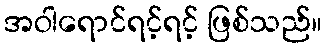
အဝါရောင်ရင့်ရင့် ဖြစ်သည်။